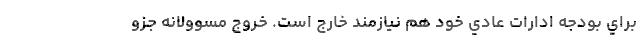
براي بودجه ادارات عادي خود هم نيازمند خارج است. خروج مسوولانه جزو